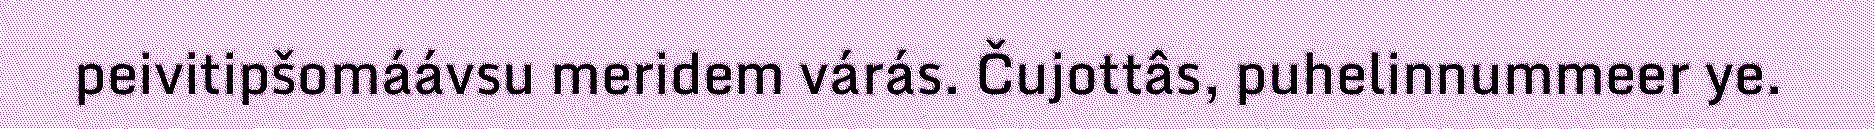
peivitipšomáávsu meridem várás. Čujottâs, puhelinnummeer ye.